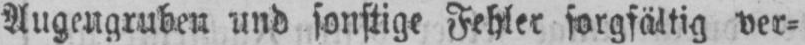
Augengruben und sonstige Fehler sorgfältig ver⸗